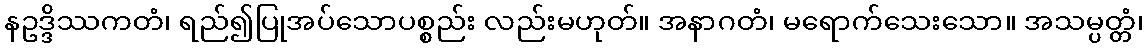
နဥဒ္ဒိဿကတံ၊ ရည်၍ပြုအပ်သောပစ္စည်း လည်းမဟုတ်။ အနာဂတံ၊ မရောက်သေးသော။ အသမ္ပတ္တံ၊